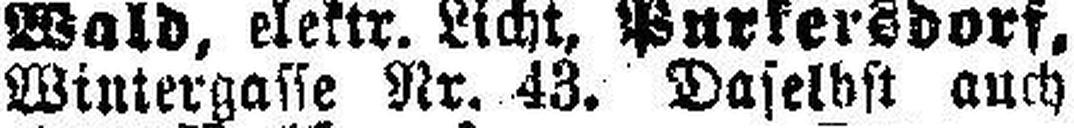
Wintergasse Nr. 43. Daselbst auch